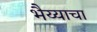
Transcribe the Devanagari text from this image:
भैय्याचा